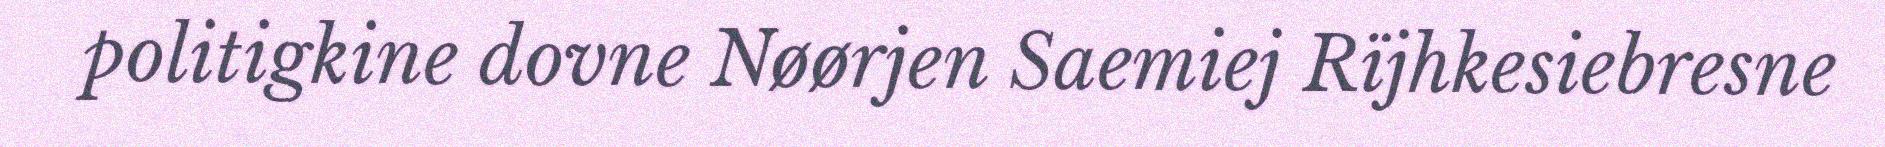
politigkine dovne Nøørjen Saemiej Rïjhkesiebresne